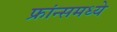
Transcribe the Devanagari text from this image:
फ्रांन्समध्ये